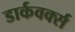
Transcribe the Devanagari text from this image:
डार्कवर्क्स